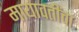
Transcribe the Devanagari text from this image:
मायावतींचा